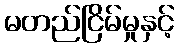
မတည်ငြိမ်မှုနှင့်